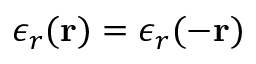
\epsilon _ { r } ( \mathbf { r } ) = \epsilon _ { r } ( - \mathbf { r } )